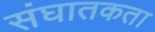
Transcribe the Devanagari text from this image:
संघातकता